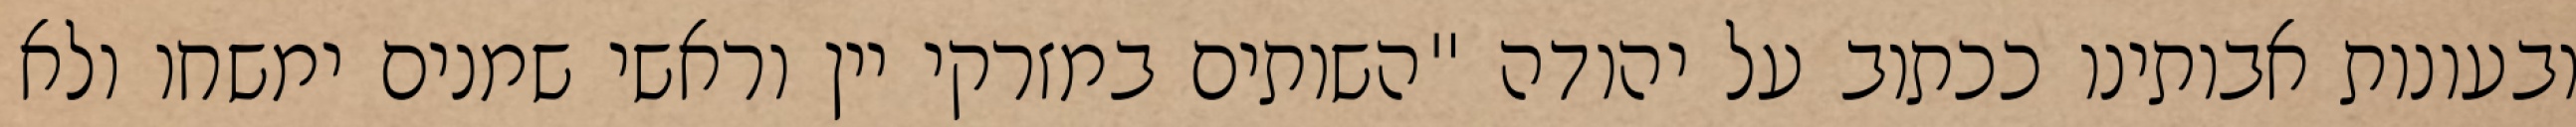
ובעונות אבותינו ככתוב על יהודה "השותים במזרקי יין וראשי‏ שמנים ימשחו ולא